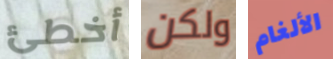
أخطئ ولكن الألغام